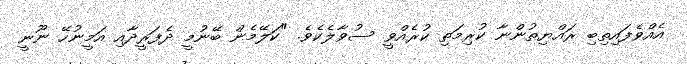
އެއްވެފައިތިބި ރައްޔިތުންނާ ކުރިމަތި ކުރެއްވީ ސުވާލެކެވެ. "ކަލޭމެން ބޭނުމީ ދެފަރީދާއި އަމީނުހޭ ނޫނީ